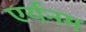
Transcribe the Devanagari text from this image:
एर्यनम